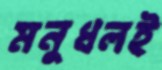
মনুধলই